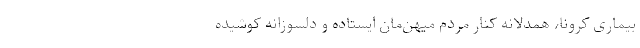
بیماری کرونا، همدلانه کنار مردم میهن‌مان ایستاده و دلسوزانه کوشیده